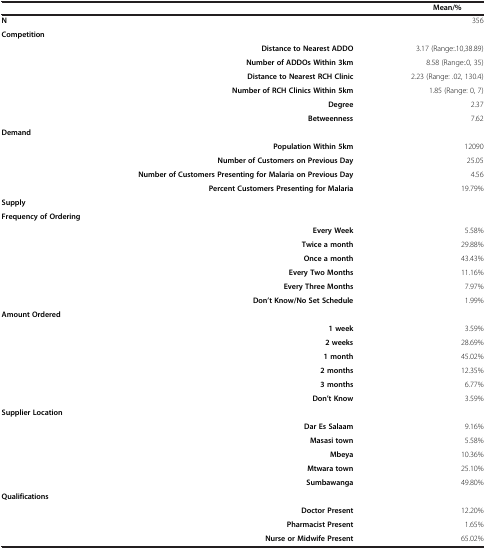
|  |  | Mean/% |
 | --- | --- | --- |
 | N |  | 356 |
 | Competition |  |  |
 |  | Distance to Nearest ADDO | 3.17 (Range:.10,38.89) |
 |  | Number of ADDOs Within 3km | 8.58 (Range:.0, 35) |
 |  | Distance to Nearest RCH Clinic | 2.23 (Range: .02, 130.4) |
 |  | Number of RCH Clinics Within 5km | 1.85 (Range: 0, 7) |
 |  | Degree | 2.37 |
 |  | Betweenness | 7.62 |
 | Demand |  |  |
 |  | Population Within 5km | 12090 |
 |  | Number of Customers on Previous Day | 25.05 |
 |  | Number of Customers Presenting for Malaria on Previous Day | 4.56 |
 |  | Percent Customers Presenting for Malaria | 19.79% |
 | Supply |  |  |
 |  | Frequency of Ordering |  |  |
 |  | Every Week | 5.58% |  |
 |  | Twice a month | 29.88% |  |
 |  | Once a month | 43.43% |  |
 |  | Every Two Months | 11.16% |  |
 |  | Every Three Months | 7.97% |  |
 |  | Don’t Know/No Set Schedule | 1.99% |  |
 | Amount Ordered |  |  |  |
 |  | 1 week | 3.59% |  |
 |  | 2 weeks | 28.69% |  |
 |  | 1 month | 45.02% |  |
 |  | 2 months | 12.35% |  |
 |  | 3 months | 6.77% |  |
 |  | Don’t Know | 3.59% |  |
 | Supplier Location |  |  |  |
 |  | Dar Es Salaam | 9.16% |  |
 |  | Masasi town | 5.58% |  |
 |  | Mbeya | 10.36% |  |
 |  | Mtwara town | 25.10% |  |
 |  | Sumbawanga | 49.80% |  |
 | Qualifications |  |  |  |
 |  | Doctor Present | 12.20% |  |
 |  | Pharmacist Present | 1.65% |  |
 |  | Nurse or Midwife Present | 65.02% |  |